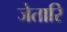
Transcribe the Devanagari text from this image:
जेतारि